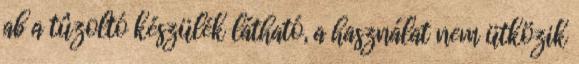
ab a tûzoltó készülék látható, a használat nem ütközik